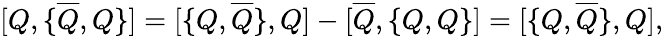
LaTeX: {[}Q,{\{ }\overline{{{Q}}},Q{\} }{]}={[}{\{ }Q,\overline{{{Q}}}{\} },Q{]}-{[}\overline{{{Q}}},{\{ }Q,Q{\} }{]}={[}{\{ }Q,\overline{{{Q}}}{\} },Q{]},